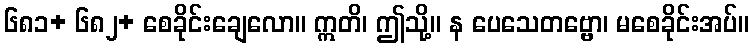
၆၈၁+ ၆၈၂+ စေခိုင်းချေလော။ ဣတိ၊ ဤသို့။ န ပေသေတဗ္ဗော၊ မစေခိုင်းအပ်။